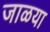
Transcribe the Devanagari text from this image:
जाळया